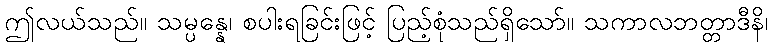
ဤလယ်သည်။ သမ္ပန္နေ၊ စပါးရခြင်းဖြင့် ပြည့်စုံသည်ရှိသော်။ သကာလဘတ္တာဒီနိ၊